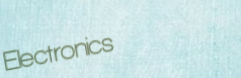
Electronics